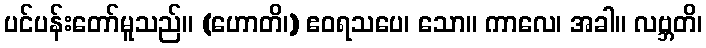
ပင်ပန်းတော်မူသည်။ (ဟောတိ၊) ဧဝရသပေ၊ သော။ ကာလေ၊ အခါ။ လဗ္ဘတိ၊